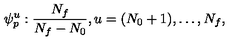
\psi _ { p } ^ { u } : \frac { N _ { f } } { N _ { f } - N _ { 0 } } , u = ( N _ { 0 } + 1 ) , \dots , N _ { f } ,